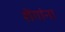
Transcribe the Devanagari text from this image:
शेंगांना